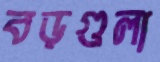
বড়গুলা